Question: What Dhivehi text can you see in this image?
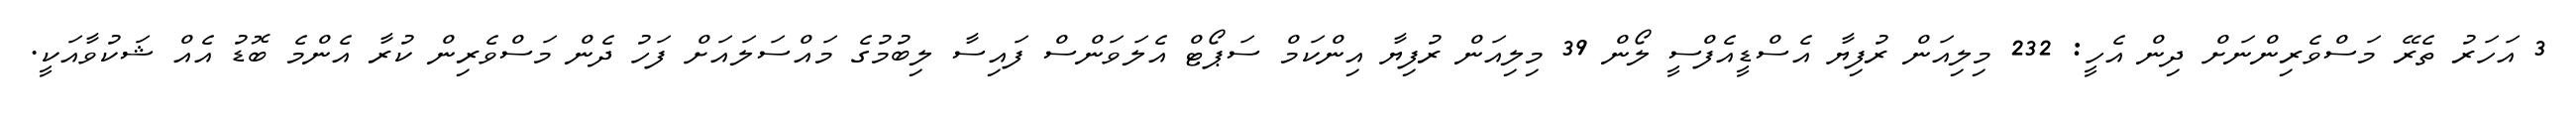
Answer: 3 އަހަރު ތެރޭ މަސްވެރިންނަށް ދިން އެހީ: 232 މިލިއަން ރުފިޔާ އެސްޑީއެފްސީ ލޯން 39 މިލިއަން ރުފިޔާ އިންކަމް ސަޕޯޓް އެލަވަންސް ފައިސާ ލިބުމުގެ މައްސަލައަށް ފަހު ދެން މަސްވެރިން ކުރާ އެންމެ ބޮޑު އެއް ޝަކުވާއަކީ.